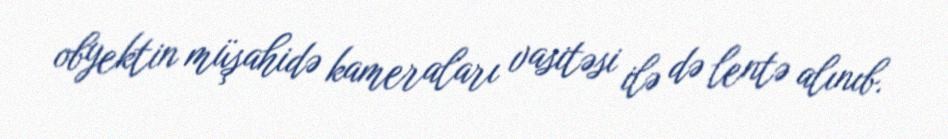
obyektin müşahidə kameraları vasitəsi ilə də lentə alınıb.